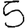
Digit: 5